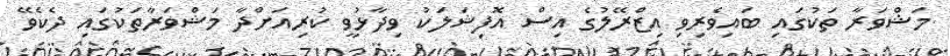
މަޝްވަރާ ތަކުގައި ބައިވެރިވި އިޒްރޭލުގެ އިސް އޮފިޝަލަކު ވިދާޅުވީ ކުރިއަށްދާ މަޝްވަރާތަކުގައި ދެކެވޭ